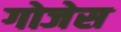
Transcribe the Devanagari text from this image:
गोजेस